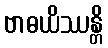
ဗာဓယိဿန္တိ